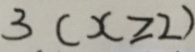
3 ( x \geqslant 2 )